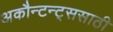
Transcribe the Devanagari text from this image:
अकौन्टन्ट्‌ससाठी